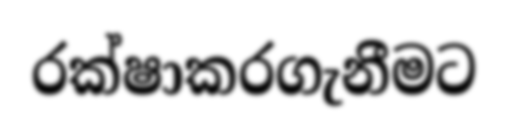
රක්ෂාකරගැනීමට